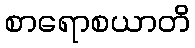
စာရောစယာတိ